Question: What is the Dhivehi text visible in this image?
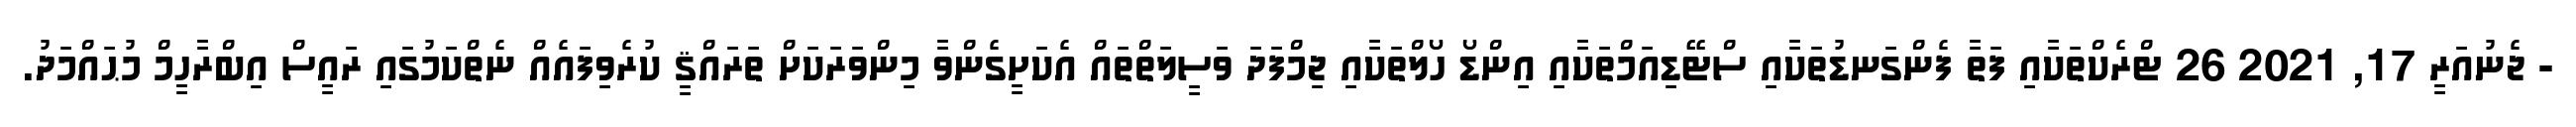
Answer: - ޖެނުއަރީ 17, 2021 26 ޓްރެކްތަކާއި ފަތާ ފެންގަނޑުތަކާއި ސްޓޭޑިއަމްތަކާއި އިންޑޯ ހޯލްތަކާއި ޖިމްފަދަ ވަސީލަތްތައް އެކަށީގެންވާ މިންވަރަކަށް ތަރައްޤީ ކުރެވިފައެއް ނެތްކަމުގައި ރައީސް އިބްރާހީމް މުޙައްމަދު.